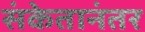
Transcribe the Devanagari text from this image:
संकेतानंतर